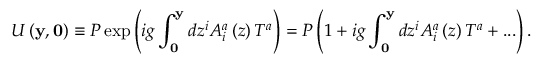
U \left( { { \bf y } , { \bf 0 } } \right) \equiv P \exp \left( { i g \int _ { \bf 0 } ^ { \bf y } { d z ^ { i } } A _ { i } ^ { a } \left( z \right) T ^ { a } } \right) = P \left( { 1 + i g \int _ { \bf 0 } ^ { \bf y } { d z ^ { i } } A _ { i } ^ { a } \left( z \right) T ^ { a } + . . . } \right) .